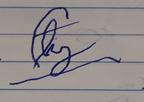
Signature authenticity: forged